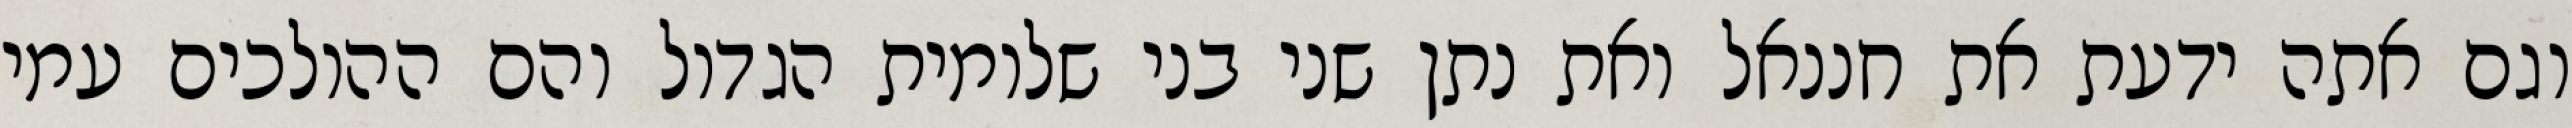
וגם אתה ידעת את חננאל ואת נתן שני בני שלומית הגדול והם ההולכים עמי